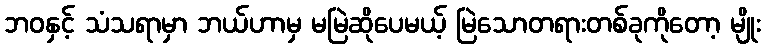
ဘဝနှင့် သံသရာမှာ ဘယ်ဟာမှ မမြဲဆိုပေမယ့် မြဲသောတရားတစ်ခုကိုတော့ မျိုး